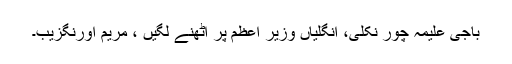
باجی علیمہ چور نکلی، انگلیاں وزیر اعظم پر اُٹھنے لگیں ، مریم اورنگزیب۔